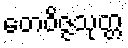
တေဝိဇ္ဇသုတ္တ